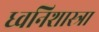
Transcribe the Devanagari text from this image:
ध्वनिशास्त्रा